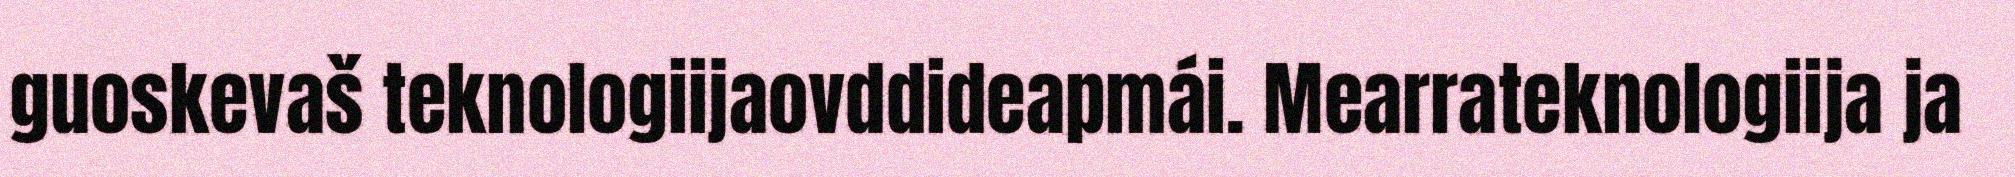
guoskevaš teknologiijaovddideapmái. Mearrateknologiija ja